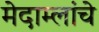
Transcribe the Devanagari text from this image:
मेदाम्लांचे